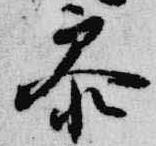
参